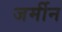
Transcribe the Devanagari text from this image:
जर्मीन